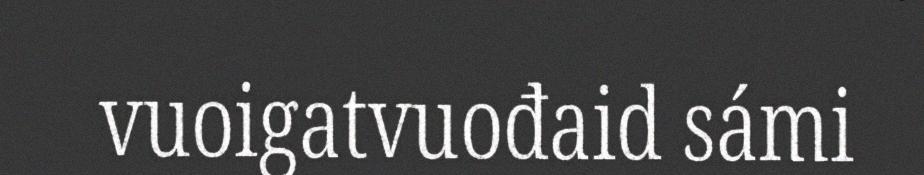
vuoigatvuođaid sámi